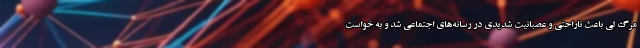
مرگ لی باعث ناراحتی و عصبانیت شدیدی در رسانه‌های اجتماعی شد و به خواست